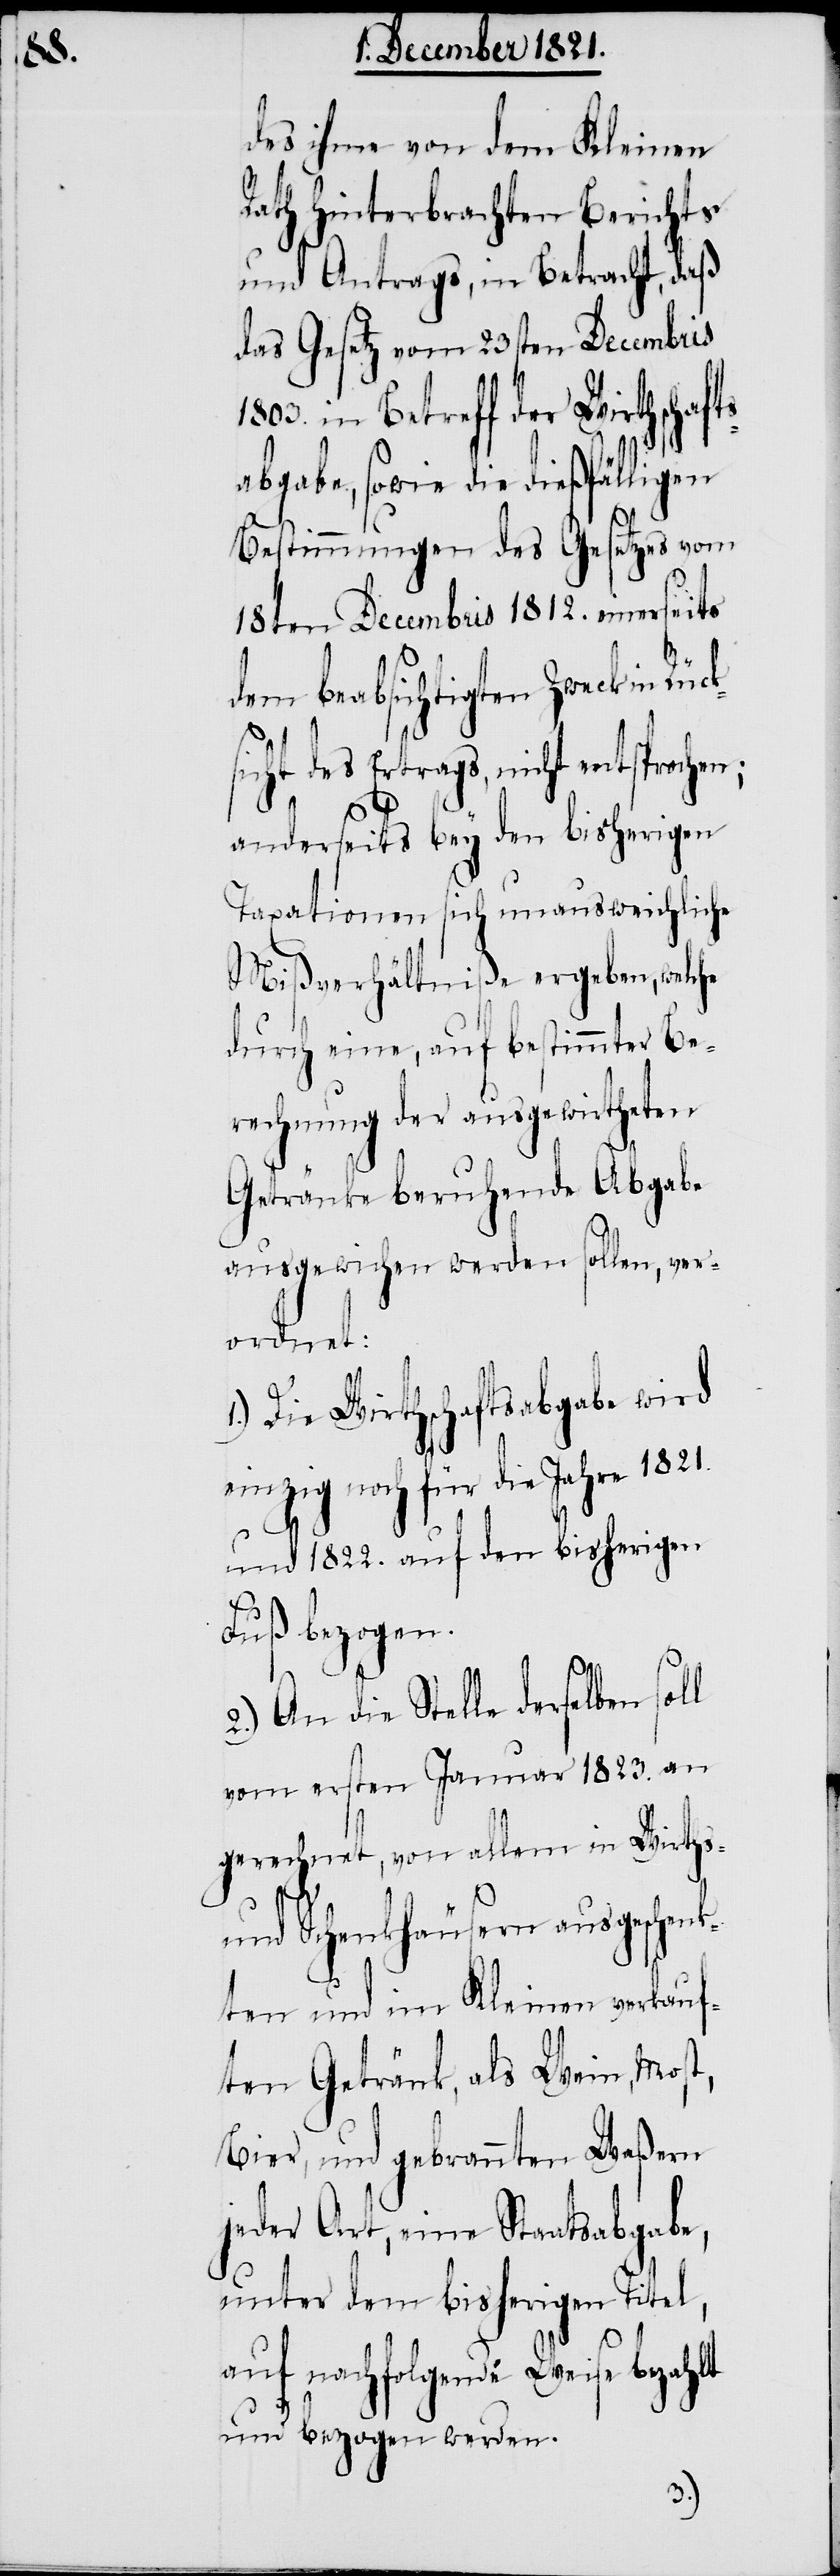
ck¬

des ihme von dem Kleinen
Rath hinterbrachten Berichts
und Antrags, in Betracht, daß
das Gesetz vom 23sten Decembris
in Betreff der Wirthschaf¬
abgabe, sowie die dießfälligen
Bestimmungen des Gesetzes vom
18ten Decembris 1812. einerseits
dem beabsichtigten Zweck in Rü¬
sicht des Ertrags, nicht entsprochen;
lt
soll
anderseits bey den bisherigen
Taxationen sich unausweichliche
Mißverhältniße ergeben, welche
durch eine, auf bestimmter Be¬
rechnung der ausgewirtheten
Getränke beruhende Abgabe
ausgewichen werden sollen, ver¬
ordnet:
1.) Die Wirthschaftsabgabe wird
einzig noch für die Jahre 1821.
und 1822. auf den bisherigen
Fuß bezogen.
2.) An die Stelle dersel¬
vom ersten Januar 1823. an
gerechnet, von allem in Wirths-
und Schenkhäusern ausgeschenk¬
ten und im Kleinen verkauf¬
ten Getränk, als Wein, Mos¬
Bier, und gebrannten Waßern
jeder Art, eine Staatsabgabe,
unter dem bisherigen Titel,
auf nachfolgende Weise bezah¬
und bezogen werden.